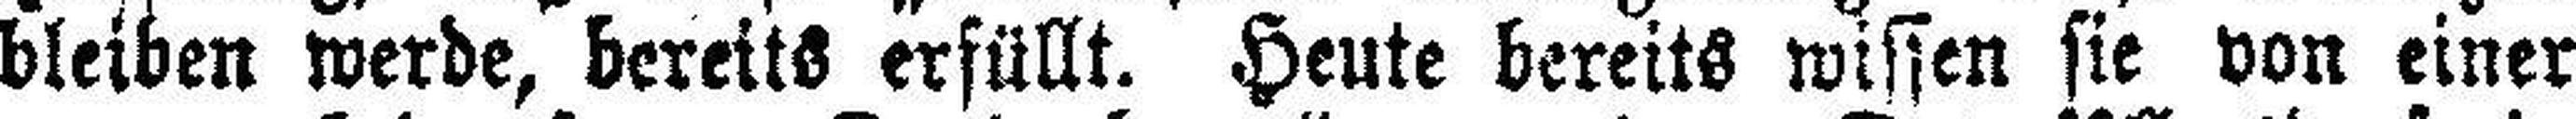
bleiben werde, bereits erfüllt. Heute bereits wissen sie von einer